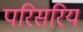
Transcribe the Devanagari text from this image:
परिसरिय